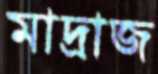
মাদ্রাজ